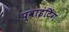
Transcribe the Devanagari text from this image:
प्वाइंटिंग